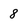
Character: 8